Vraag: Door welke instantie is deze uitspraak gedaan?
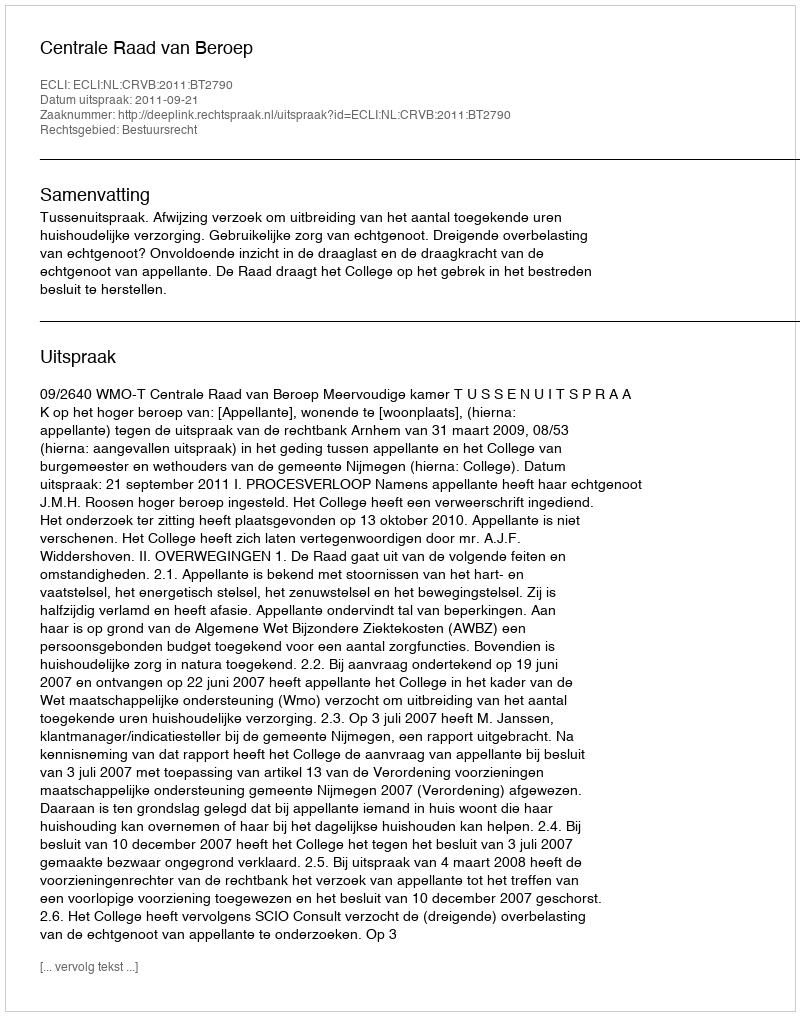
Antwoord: Centrale Raad van Beroep